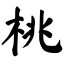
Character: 桃